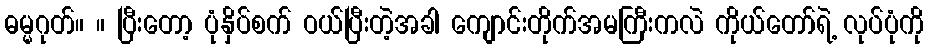
ဓမ္မဂုတ်။ ။ ပြီးတော့ ပုံနှိပ်စက် ဝယ်ပြီးတဲ့အခါ ကျောင်းတိုက်အမကြီးကလဲ ကိုယ်တော်ရဲ့ လုပ်ပုံကို